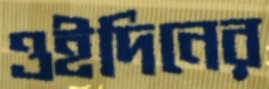
ওইদিনের